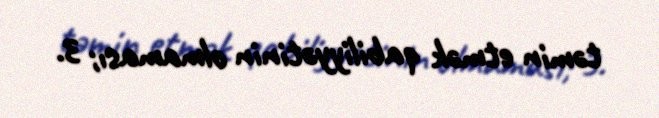
təmin etmək qabiliyyətinin olmaması; 3.